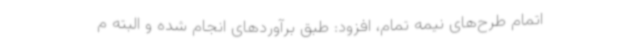
اتمام طرح‌های نیمه تمام، افزود: طبق برآوردهای انجام شده و البته م